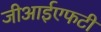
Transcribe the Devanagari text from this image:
जीआईएफटी